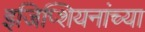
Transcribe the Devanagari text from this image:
इजिप्शियनांच्या